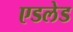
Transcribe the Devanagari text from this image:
एडलेड